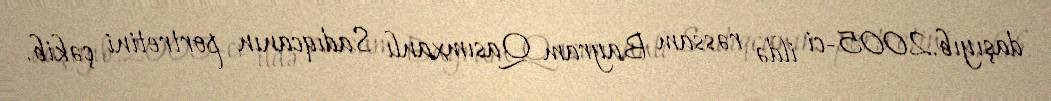
daşıyıb.2005-ci ildə rəssam Bayram Qasımxanlı Sadıqcanın portretini çəkib.